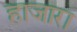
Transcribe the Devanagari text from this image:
हाजारा